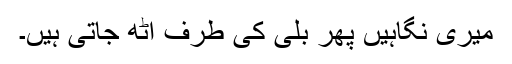
میری نگاہیں پھر بلی کی طرف اُٹھ جاتی ہیں۔